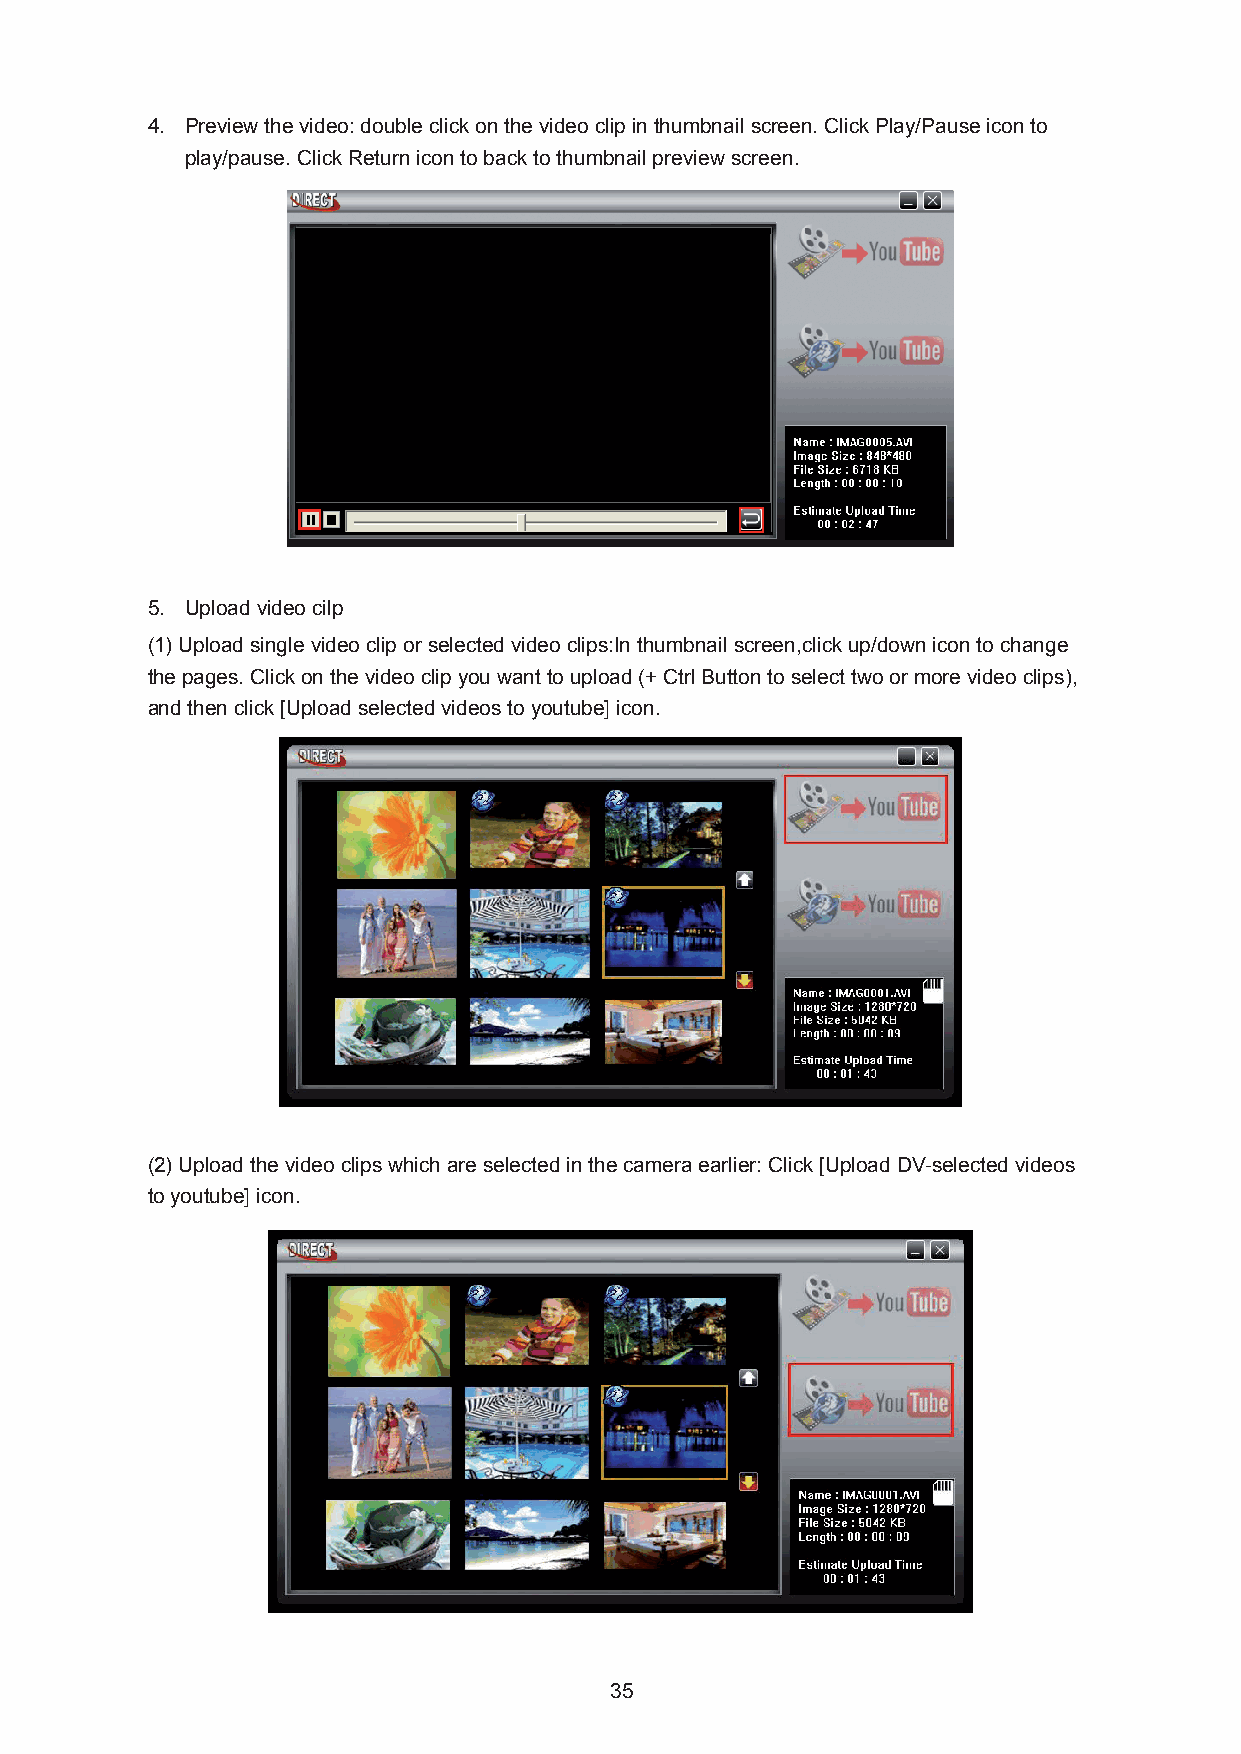
4. Preview the video: double click on the video clip in thumbnail screen. Click Play/Pause icon to
 play/pause. Click Return icon to back to thumbnail preview screen.
 5. Upload video cilp
 (1) Upload single video clip or selected video clips:In thumbnail screen,click up/down icon to change
 the pages. Click on the video clip you want to upload (+ Ctrl Button to select two or more video clips),
 and then click [Upload selected videos to youtube] icon.
 (2) Upload the video clips which are selected in the camera earlier: Click [Upload DV-selected videos
 to youtube] icon.
 35